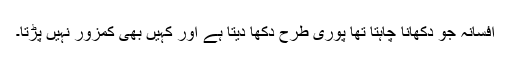
افسانہ جو دکھانا چاہتا تھا پوری طرح دکھا دیتا ہے اور کہیں بھی کمزور نہیں پڑتا۔